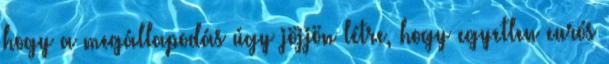
hogy a megállapodás úgy jöjjön létre, hogy egyetlen eurós